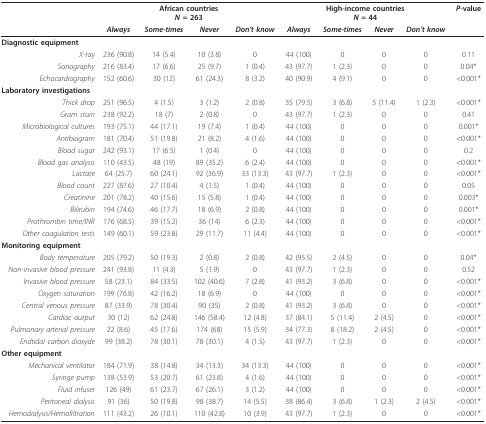
<table><thead><tr><td></td><td colspan="4"><b>African countries<i>N </i>= 263</b></td><td colspan="4"><b>High-income countries<i>N </i>= 44</b></td><td><b><i>P</i>-value</b></td></tr><tr><td></td><td><b><i>Always</i></b></td><td><b><i>Some-times</i></b></td><td><b><i>Never</i></b></td><td><b><i>Don&#x27;t know</i></b></td><td><b><i>Always</i></b></td><td><b><i>Some-times</i></b></td><td><b><i>Never</i></b></td><td><b><i>Don&#x27;t know</i></b></td><td></td></tr></thead><tbody><tr><td><b>Diagnostic equipment</b></td><td></td><td></td><td></td><td></td><td></td><td></td><td></td><td></td><td></td></tr><tr><td><i>X-ray</i></td><td>236 (90.8)</td><td>14 (5.4)</td><td>10 (3.8)</td><td>0</td><td>44 (100)</td><td>0</td><td>0</td><td>0</td><td>0.11</td></tr><tr><td><i>Sonography</i></td><td>216 (83.4)</td><td>17 (6.6)</td><td>25 (9.7)</td><td>1 (0.4)</td><td>43 (97.7)</td><td>1 (2.3)</td><td>0</td><td>0</td><td>0.04*</td></tr><tr><td><i>Echocardiography</i></td><td>152 (60.6)</td><td>30 (12)</td><td>61 (24.3)</td><td>8 (3.2)</td><td>40 (90.9)</td><td>4 (9.1)</td><td>0</td><td>0</td><td>&lt;0.001*</td></tr><tr><td><b>Laboratory investigations</b></td><td></td><td></td><td></td><td></td><td></td><td></td><td></td><td></td><td></td></tr><tr><td><i>Thick drop</i></td><td>251 (96.5)</td><td>4 (1.5)</td><td>3 (1.2)</td><td>2 (0.8)</td><td>35 (79.5)</td><td>3 (6.8)</td><td>5 (11.4)</td><td>1 (2.3)</td><td>&lt;0.001*</td></tr><tr><td><i>Gram stain</i></td><td>238 (92.2)</td><td>18 (7)</td><td>2 (0.8)</td><td>0</td><td>43 (97.7)</td><td>1 (2.3)</td><td>0</td><td>0</td><td>0.41</td></tr><tr><td><i>Microbiological cultures</i></td><td>193 (75.1)</td><td>44 (17.1)</td><td>19 (7.4)</td><td>1 (0.4)</td><td>44 (100)</td><td>0</td><td>0</td><td>0</td><td>0.001*</td></tr><tr><td><i>Antibiogram</i></td><td>181 (70.4)</td><td>51 (19.8)</td><td>21 (8.2)</td><td>4 (1.6)</td><td>44 (100)</td><td>0</td><td>0</td><td>0</td><td>&lt;0.001*</td></tr><tr><td><i>Blood sugar</i></td><td>242 (93.1)</td><td>17 (6.5)</td><td>1 (0.4)</td><td>0</td><td>44 (100)</td><td>0</td><td>0</td><td>0</td><td>0.2</td></tr><tr><td><i>Blood gas analysis</i></td><td>110 (43.5)</td><td>48 (19)</td><td>89 (35.2)</td><td>6 (2.4)</td><td>44 (100)</td><td>0</td><td>0</td><td>0</td><td>&lt;0.001*</td></tr><tr><td><i>Lactate</i></td><td>64 (25.7)</td><td>60 (24.1)</td><td>92 (36.9)</td><td>33 (13.3)</td><td>43 (97.7)</td><td>1 (2.3)</td><td>0</td><td>0</td><td>&lt;0.001*</td></tr><tr><td><i>Blood count</i></td><td>227 (87.6)</td><td>27 (10.4)</td><td>4 (1.5)</td><td>1 (0.4)</td><td>44 (100)</td><td>0</td><td>0</td><td>0</td><td>0.05</td></tr><tr><td><i>Creatinine</i></td><td>201 (78.2)</td><td>40 (15.6)</td><td>15 (5.8)</td><td>1 (0.4)</td><td>44 (100)</td><td>0</td><td>0</td><td>0</td><td>0.003*</td></tr><tr><td><i>Bilirubin</i></td><td>194 (74.6)</td><td>46 (17.7)</td><td>18 (6.9)</td><td>2 (0.8)</td><td>44 (100)</td><td>0</td><td>0</td><td>0</td><td>0.001*</td></tr><tr><td><i>Prothrombin time/INR</i></td><td>176 (68.5)</td><td>39 (15.2)</td><td>36 (14)</td><td>6 (2.3)</td><td>44 (100)</td><td>0</td><td>0</td><td>0</td><td>&lt;0.001*</td></tr><tr><td><i>Other coagulation tests</i></td><td>149 (60.1)</td><td>59 (23.8)</td><td>29 (11.7)</td><td>11 (4.4)</td><td>44 (100)</td><td>0</td><td>0</td><td>0</td><td>&lt;0.001*</td></tr><tr><td><b>Monitoring equipment</b></td><td></td><td></td><td></td><td></td><td></td><td></td><td></td><td></td><td></td></tr><tr><td><i>Body temperature</i></td><td>205 (79.2)</td><td>50 (19.3)</td><td>2 (0.8)</td><td>2 (0.8)</td><td>42 (95.5)</td><td>2 (4.5)</td><td>0</td><td>0</td><td>0.04*</td></tr><tr><td><i>Non-invasive blood pressure</i></td><td>241 (93.8)</td><td>11 (4.3)</td><td>5 (1.9)</td><td>0</td><td>43 (97.7)</td><td>1 (2.3)</td><td>0</td><td>0</td><td>0.52</td></tr><tr><td><i>Invasive blood pressure</i></td><td>58 (23.1)</td><td>84 (33.5)</td><td>102 (40.6)</td><td>7 (2.8)</td><td>41 (93.2)</td><td>3 (6.8)</td><td>0</td><td>0</td><td>&lt;0.001*</td></tr><tr><td><i>Oxygen saturation</i></td><td>199 (76.8)</td><td>42 (16.2)</td><td>18 (6.9)</td><td>0</td><td>44 (100)</td><td>0</td><td>0</td><td>0</td><td>&lt;0.001*</td></tr><tr><td><i>Central venous pressure</i></td><td>87 (33.9)</td><td>78 (30.4)</td><td>90 (35)</td><td>2 (0.8)</td><td>41 (93.2)</td><td>3 (6.8)</td><td>0</td><td>0</td><td>&lt;0.001*</td></tr><tr><td><i>Cardiac output</i></td><td>30 (12)</td><td>62 (24.8)</td><td>146 (58.4)</td><td>12 (4.8)</td><td>37 (84.1)</td><td>5 (11.4)</td><td>2 (4.5)</td><td>0</td><td>&lt;0.001*</td></tr><tr><td><i>Pulmonary arterial pressure</i></td><td>22 (8.6)</td><td>45 (17.6)</td><td>174 (68)</td><td>15 (5.9)</td><td>34 (77.3)</td><td>8 (18.2)</td><td>2 (4.5)</td><td>0</td><td>&lt;0.001*</td></tr><tr><td><i>Endtidal carbon dioxyde</i></td><td>99 (38.2)</td><td>78 (30.1)</td><td>78 (30.1)</td><td>4 (1.5)</td><td>43 (97.7)</td><td>1 (2.3)</td><td>0</td><td>0</td><td>&lt;0.001*</td></tr><tr><td><b>Other equipment</b></td><td></td><td></td><td></td><td></td><td></td><td></td><td></td><td></td><td></td></tr><tr><td><i>Mechanical ventilator</i></td><td>184 (71.9)</td><td>38 (14.8)</td><td>34 (13.3)</td><td>34 (13.3)</td><td>44 (100)</td><td>0</td><td>0</td><td>0</td><td>&lt;0.001*</td></tr><tr><td><i>Syringe pump</i></td><td>138 (53.9)</td><td>53 (20.7)</td><td>61 (23.8)</td><td>4 (1.6)</td><td>44 (100)</td><td>0</td><td>0</td><td>0</td><td>&lt;0.001*</td></tr><tr><td><i>Fluid infuser</i></td><td>126 (49)</td><td>61 (23.7)</td><td>67 (26.1)</td><td>3 (1.2)</td><td>44 (100)</td><td>0</td><td>0</td><td>0</td><td>&lt;0.001*</td></tr><tr><td><i>Peritoneal dialysis</i></td><td>91 (36)</td><td>50 (19.8)</td><td>98 (38.7)</td><td>14 (5.5)</td><td>38 (86.4)</td><td>3 (6.8)</td><td>1 (2.3)</td><td>2 (4.5)</td><td>&lt;0.001*</td></tr><tr><td><i>Hemodialysis/Hemofiltration</i></td><td>111 (43.2)</td><td>26 (10.1)</td><td>110 (42.8)</td><td>10 (3.9)</td><td>43 (97.7)</td><td>1 (2.3)</td><td>0</td><td>0</td><td>&lt;0.001*</td></tr></tbody></table>